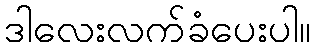
ဒါလေးလက်ခံပေးပါ။